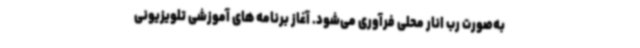
به‌صورت رب انار محلی فرآوری می‌شود. آغاز برنامه های آموزشی تلویزیونی